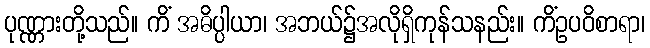
ပုဏ္ဏားတို့သည်။ ကိံ အဓိပ္ပါယာ၊ အဘယ်၌အလိုရှိကုန်သနည်း။ ကိံဥပဝိစာရာ၊